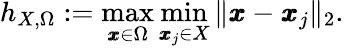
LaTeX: h_{X,\Omega}:=\operatorname*{max}_{\pmb{x}\in\Omega}\operatorname*{min}_{\pmb{x}_{j}\in X}\| \pmb{x}-\pmb{x}_{j}\| _{2}.